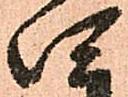
四